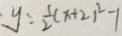
y : \frac { 1 } { 2 } ( x + 2 ) ^ { 2 } - 1